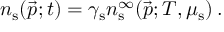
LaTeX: n _ { \mathrm { s } } ( \vec { p } ; t ) = \gamma _ { \mathrm { s } } n _ { \mathrm { s } } ^ { \infty } ( \vec { p } ; T , \mu _ { \mathrm { s } } ) \, .